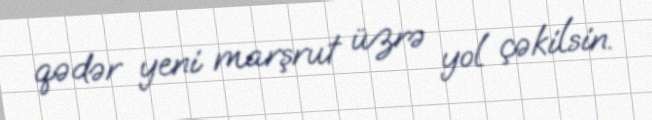
qədər yeni marşrut üzrə yol çəkilsin.